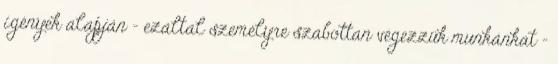
igények alapján - ezáltal személyre szabottan végezzük munkánkat -